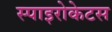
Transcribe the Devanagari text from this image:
स्पाइरोकेटस